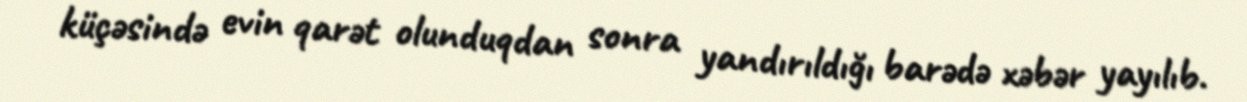
küçəsində evin qarət olunduqdan sonra yandırıldığı barədə xəbər yayılıb.